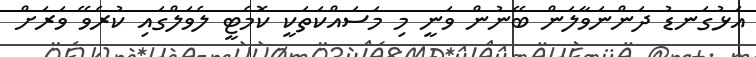
އަޅުގަނޑު ދަންނަވާލަން ބޭނުން ވަނީ މި މަސައްކަތަކީ ކޮމެޓީ ލެވަލްގައި ކުރެވޭ ވަރަށް